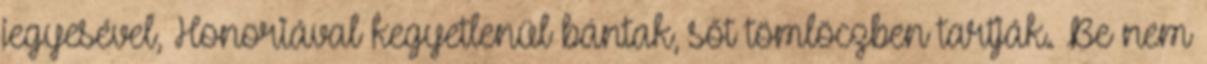
jegyesével, Honoriával kegyetlenül bántak, sőt tömlöczben tartják. Be nem